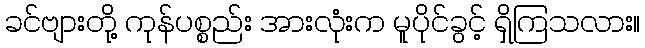
ခင်ဗျားတို့ ကုန်ပစ္စည်း အားလုံးက မူပိုင်ခွင့် ရှိကြသလား။